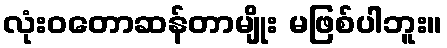
လုံးဝတောဆန်တာမျိုး မဖြစ်ပါဘူး။